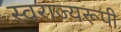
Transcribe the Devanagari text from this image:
स्वराज्यरूपी